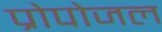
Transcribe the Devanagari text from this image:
प्रोपोजल